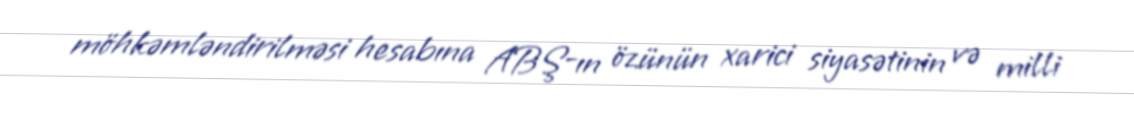
möhkəmləndirilməsi hesabına ABŞ-ın özünün xarici siyasətinin və milli